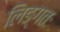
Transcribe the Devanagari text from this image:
लिङ्गतः